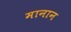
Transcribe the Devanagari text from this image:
मानान